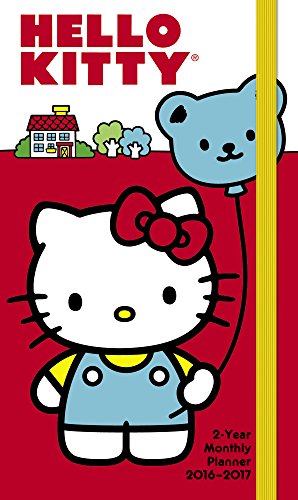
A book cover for Hello Kitty Pocket Planner 2 Year (2016); Day Dream; Calendars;